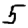
Digit: 5